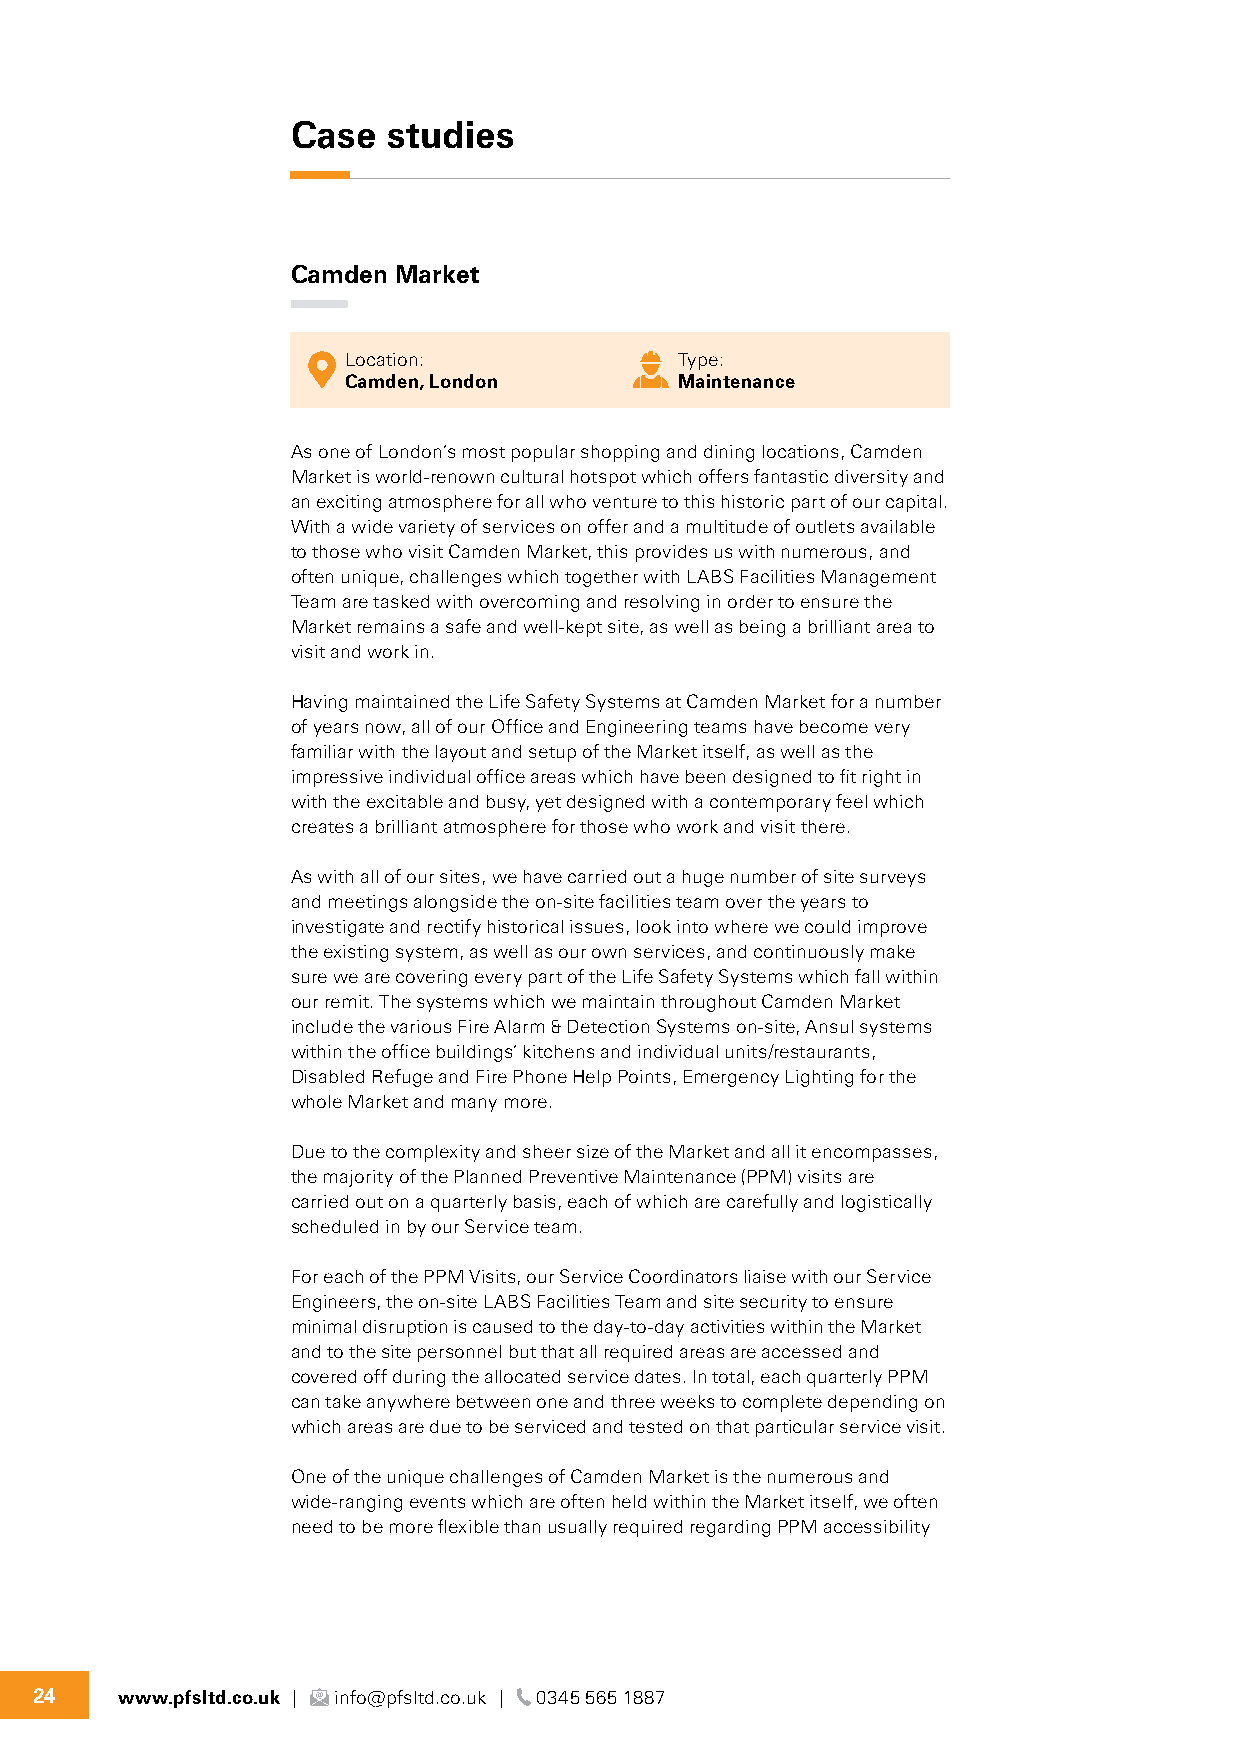
Case   studies
 Camden Market
 Location:             Type:
 Camden, London        Maintenance
 As one of London’s most popular shopping and dining locations, Camden
 Market is world-renown cultural hotspot which offers fantastic diversity and
 an exciting atmosphere for all who venture to this historic part of our capital.
 With a wide variety of services on offer and a multitude of outlets available
 to those who visit Camden Market, this provides us with numerous, and
 often unique, challenges which together with LABS Facilities Management
 Team are tasked with overcoming and resolving in order to ensure the
 Market remains a safe and well-kept site, as well as being a brilliant area to
 visit and work in.
 Having maintained the Life Safety Systems at Camden Market for a number
 of years now, all of our Office and Engineering teams have become very
 familiar with the layout and setup of the Market itself, as well as the
 impressive individual office areas which have been designed to fit right in
 with the excitable and busy, yet designed with a contemporary feel which
 creates a brilliant atmosphere for those who work and visit there.
 As with all of our sites, we have carried out a huge number of site surveys
 and meetings alongside the on-site facilities team over the years to
 investigate and rectify historical issues, look into where we could improve
 the existing system, as well as our own services, and continuously make
 sure we are covering every part of the Life Safety Systems which fall within
 our remit. The systems which we maintain throughout Camden Market
 include the various Fire Alarm & Detection Systems on-site, Ansul systems
 within the office buildings’ kitchens and individual units/restaurants,
 Disabled Refuge and Fire Phone Help Points, Emergency Lighting for the
 whole Market and many more.
 Due to the complexity and sheer size of the Market and all it encompasses,
 the majority of the Planned Preventive Maintenance (PPM) visits are
 carried out on a quarterly basis, each of which are carefully and logistically
 scheduled in by our Service team.
 For each of the PPM Visits, our Service Coordinators liaise with our Service
 Engineers, the on-site LABS Facilities Team and site security to ensure
 minimal disruption is caused to the day-to-day activities within the Market
 and to the site personnel but that all required areas are accessed and
 covered off during the allocated service dates. In total, each quarterly PPM
 can take anywhere between one and three weeks to complete depending on
 which areas are due to be serviced and tested on that particular service visit.
 One of the unique challenges of Camden Market is the numerous and
 wide-ranging events which are often held within the Market itself, we often
 need to be more flexible than usually required regarding PPM accessibility
 24    www.pfsltd.co.uk | info@pfsltd.co.uk | 0345 565 1887